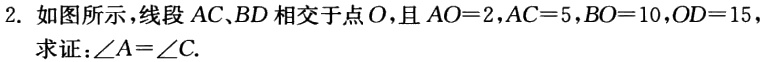
2. 如图所示，线段 \(AC、BD\) 相交于点 \(O\)，且 \(AO = 2,AC = 5,BO = 10,OD = 15\)，

求证：\(\angle A=\angle C\).